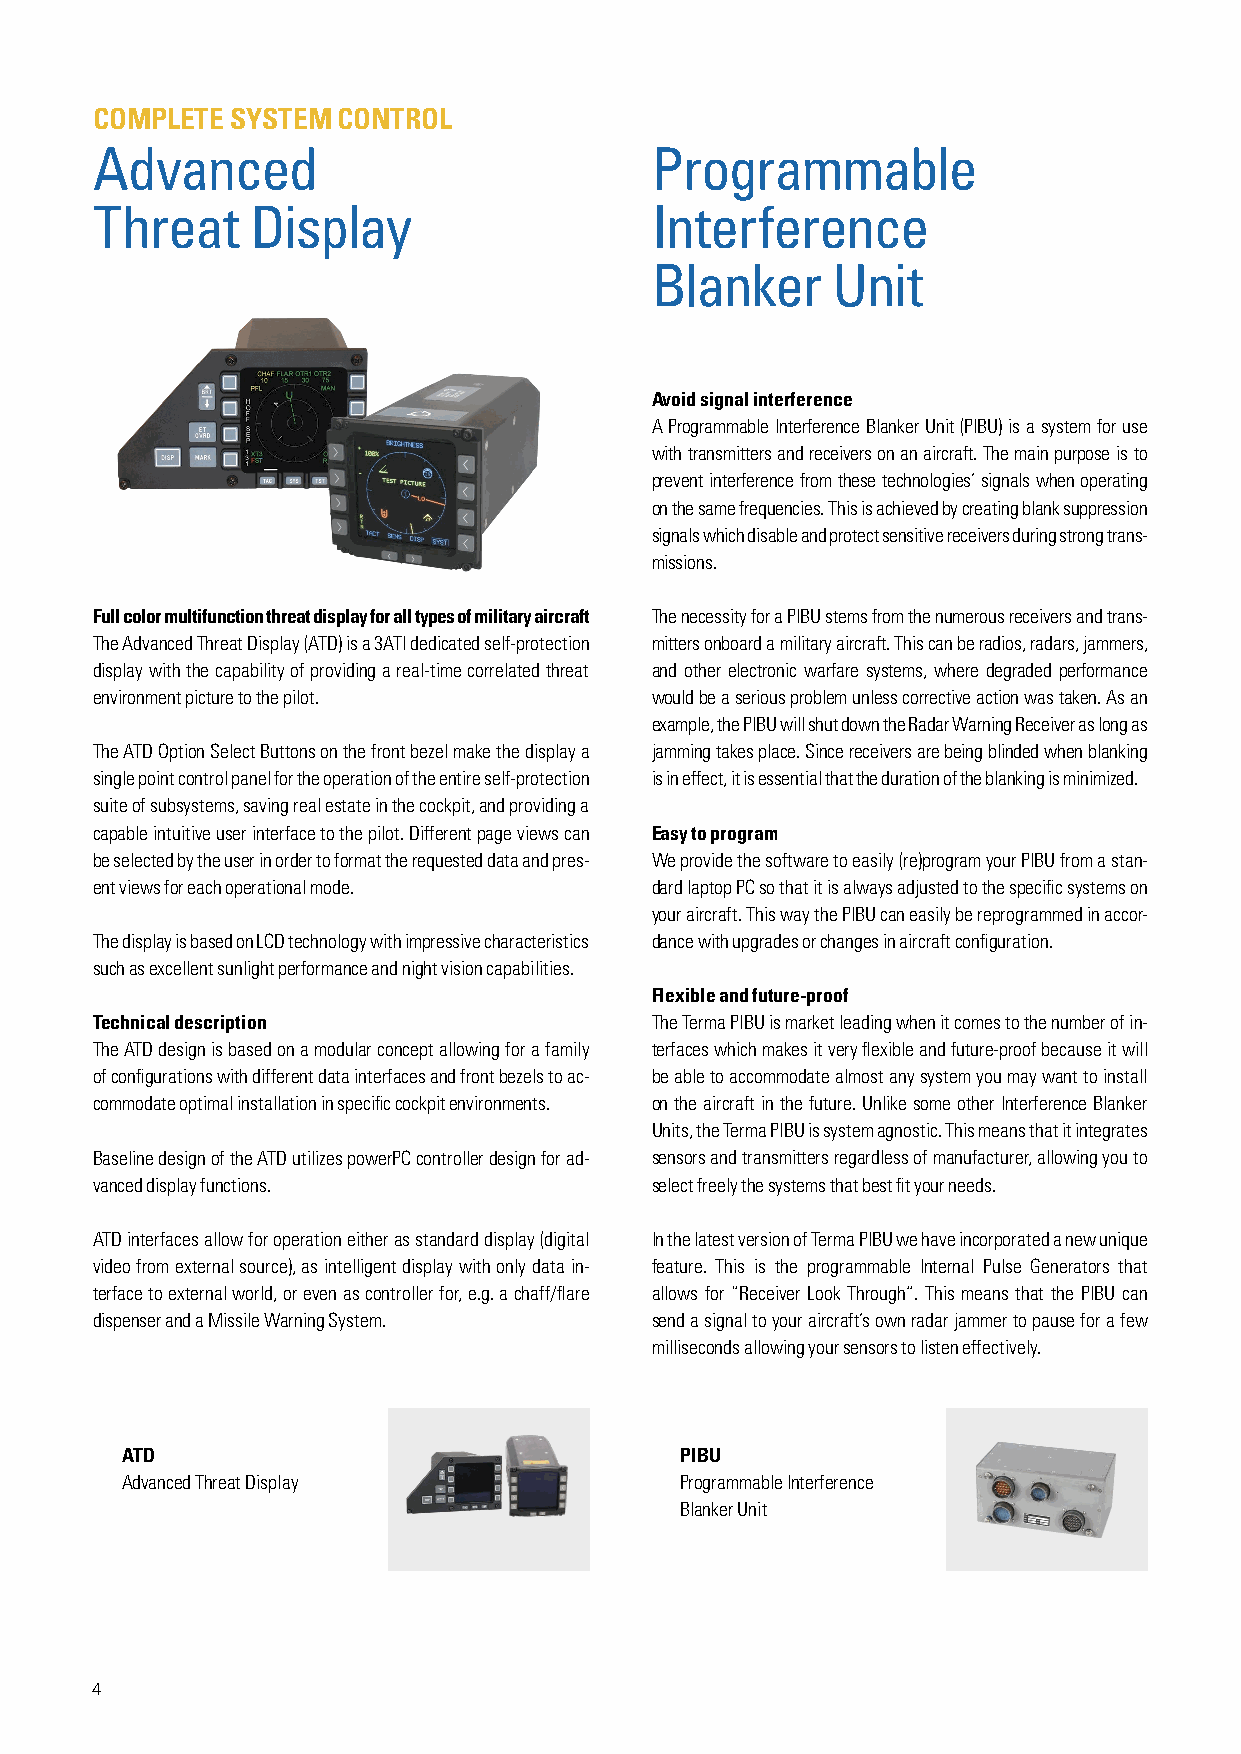
COMPLETE SYSTEM CONTROL
 Advanced                             Programmable
 Threat     Display                   Interference
 Blanker     Unit
 Avoid signal interference
 A Programmable Interference Blanker Unit (PIBU) is a system for use
 with transmitters and receivers on an aircraft. The main purpose is to
 prevent interference from these technologies’ signals when operating
 on the same frequencies. This is achieved by creating blank suppression
 signals which disable and protect sensitive receivers during strong trans-
 missions.
 Full color multifunction threat display for all types of military aircraft The necessity for a PIBU stems from the numerous receivers and trans-
 The Advanced Threat Display (ATD) is a 3ATI dedicated self-protection mitters onboard a military aircraft. This can be radios, radars, jammers,
 display with the capability of providing a real-time correlated threat and other electronic warfare systems, where degraded performance
 environment picture to the pilot.    would be a serious problem unless corrective action was taken. As an
 example, the PIBU will shut down the Radar Warning Receiver as long as
 The ATD Option Select Buttons on the front bezel make the display a jamming takes place. Since receivers are being blinded when blanking
 single point control panel for the operation of the entire self-protection is in effect, it is essential that the duration of the blanking is minimized.
 suite of subsystems, saving real estate in the cockpit, and providing a
 capable intuitive user interface to the pilot. Different page views can Easy to program
 be selected by the user in order to format the requested data and pres- We provide the software to easily (re)program your PIBU from a stan-
 ent views for each operational mode. dard laptop PC so that it is always adjusted to the specific systems on
 your aircraft. This way the PIBU can easily be reprogrammed in accor-
 The display is based on LCD technology with impressive characteristics dance with upgrades or changes in aircraft configuration.
 such as excellent sunlight performance and night vision capabilities.
 Flexible and future-proof
 Technical description                The Terma PIBU is market leading when it comes to the number of in-
 The ATD design is based on a modular concept allowing for a family terfaces which makes it very flexible and future-proof because it will
 of configurations with different data interfaces and front bezels to ac- be able to accommodate almost any system you may want to install
 commodate optimal installation in specific cockpit environments. on the aircraft in the future. Unlike some other Interference Blanker
 Units, the Terma PIBU is system agnostic. This means that it integrates
 Baseline design of the ATD utilizes powerPC controller design for ad- sensors and transmitters regardless of manufacturer, allowing you to
 vanced display functions.            select freely the systems that best fit your needs.
 ATD interfaces allow for operation either as standard display (digital In the latest version of Terma PIBU we have incorporated a new unique
 video from external source), as intelligent display with only data in- feature. This is the programmable Internal Pulse Generators that
 terface to external world, or even as controller for, e.g. a chaff/flare allows for “Receiver Look Through”. This means that the PIBU can
 dispenser and a Missile Warning System. send a signal to your aircraft’s own radar jammer to pause for a few
 milliseconds allowing your sensors to listen effectively.
 ATD                                  PIBU
 Advanced Threat Display              Programmable Interference
 Blanker Unit
 4